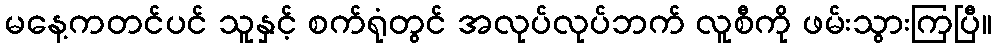
မနေ့ကတင်ပင် သူနှင့် စက်ရုံတွင် အလုပ်လုပ်ဘက် လူစီကို ဖမ်းသွားကြပြီ။